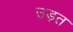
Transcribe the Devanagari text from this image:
उड़त